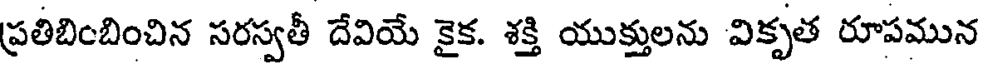
ప్రతిబింబించిన సరస్వతీ దేవియే కైక. శక్తి యుక్తులను వికృత రూపమున